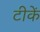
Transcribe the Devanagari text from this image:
टीकें